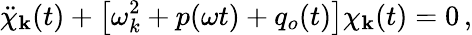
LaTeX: \ddot{\chi}_{\mathbf k}(t)+\left[\omega_{k}^{2}+p(\omega t)+q_{o}(t)\right]\chi_{\mathbf k}(t)=0\, ,